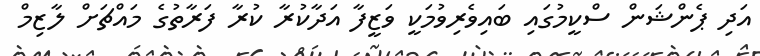
އަދި ޕެންޝަން ސްކީމުގައި ބައިވެރިވުމަކީ ވަޒީފާ އަދާކުރާ ކުރާ ފަރާތުގެ މައްޗަށް ލާޒިމް